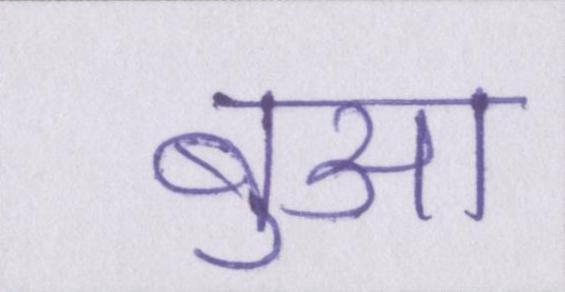
बुआ